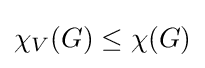
\chi _{V}(G)\leq \chi (G)